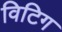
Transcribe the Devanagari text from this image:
विटिग